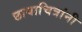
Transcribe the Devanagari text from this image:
छायाचित्रांनी